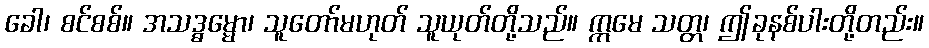
ခေါ၊ စင်စစ်။ အသဒ္ဓမ္မော၊ သူတော်မဟုတ် သူယုတ်တို့သည်။ ဣမေ သတ္တ၊ ဤခုနစ်ပါးတို့တည်း။